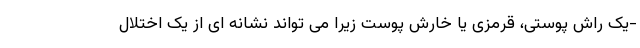
-یک راش پوستی، قرمزی یا خارش پوست زیرا می تواند نشانه ای از یک اختلال